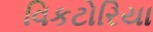
વિકટોરિયા